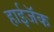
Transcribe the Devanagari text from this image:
हाईजॅक